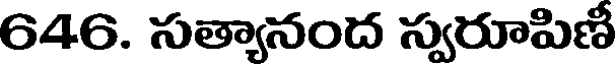
646. సత్యానంద స్వరూపిణీ